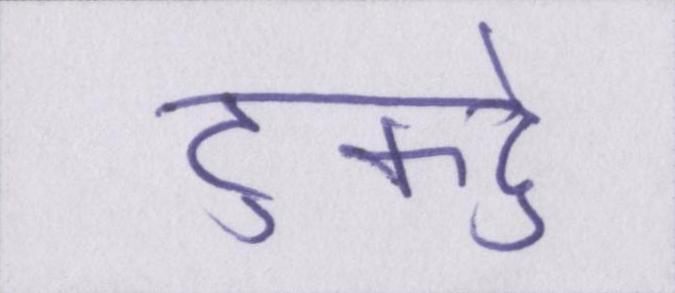
टुकड़े